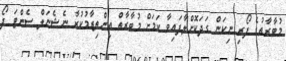
މުބާރާތުގެ ފޯރި ނިކަން ގަދަކޮށްލާފައިވާ ކަމަށް މުބާރާތް އިންތިޒާމުކުރާ ނެޝެނަލް ސެންޓަ ފޯ